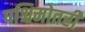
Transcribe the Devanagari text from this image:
पश्चिमोतरी